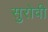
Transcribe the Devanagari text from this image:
सुरोवी